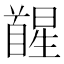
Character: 𮩥